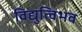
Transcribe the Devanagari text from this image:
विद्युत्विभव